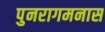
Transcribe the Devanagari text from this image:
पुनरागमनास